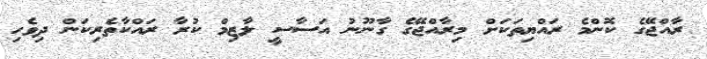
ރާއްޖޭގެ ކޮންމެ ރައްޔިތަކަށް މިރާއްޖޭގެ ގާނޫނު އަސާސީ ލާޒިމް ކުރާ ރައްކާތެރިކަން ދިވެހި